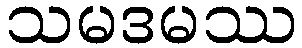
သမဒမဿ